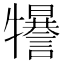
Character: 𤜈